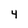
Character: 4